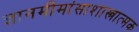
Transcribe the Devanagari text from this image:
ज्ञानमीमांसाशास्त्रात्मक